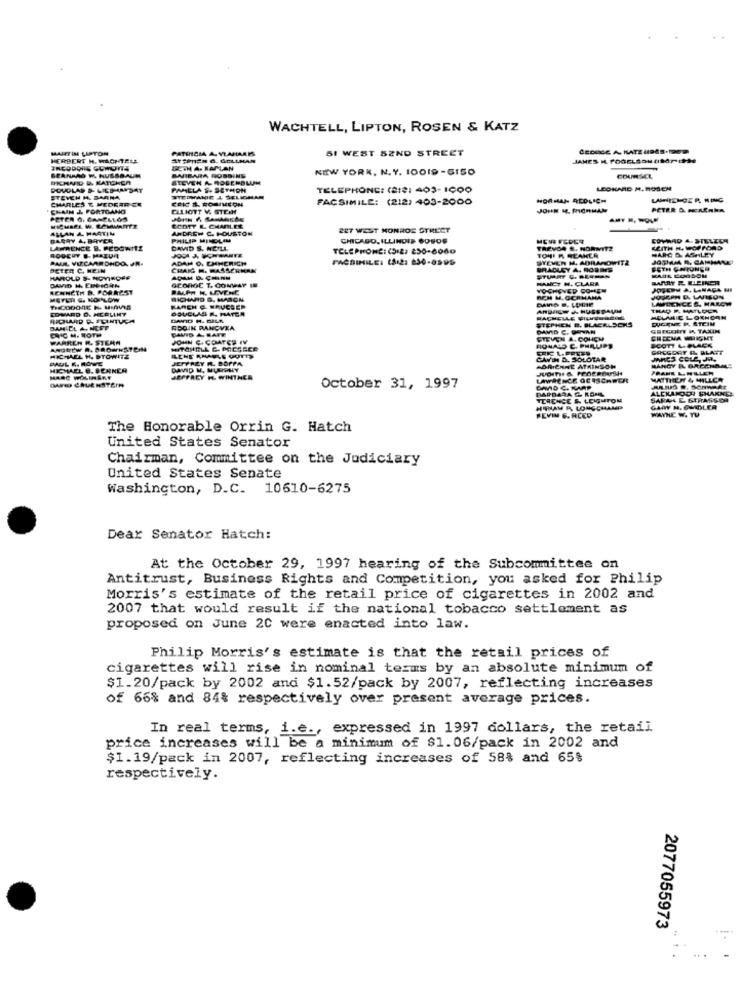
WACHTELL, LIPTON, ROSEN & KATZ
MARTIN LIPTON
PATRICIA A VLAHARES
51 WEST SEND STREET
CEDRICE A KATE UDAS.POD
HERBERT H. MACHTELE
ASPEN 6. GELLMAN
JAMES I. FOGELSON (ISP:He
BOTH A. KAPLAN
BARBARA ROSSING
NEW YORK, N. Y. 10019 -GISO
SEANAAD M NUSSBAUM
COURSCL
POUDLAP & UICHHARDAT
PAMELA S. SETHON
TELEPHONE: (213: 403-1000
LEONARD M. ROSEN
STEVEN M. SARNA
CHARLES & MEDEAR CK
WIEPHANIE 1 SELIGHAN
FACSIMILE: (212) 403-2000
-ORMAI- ACOLICH
LAWTENGER HING
"CHAIN J. FORTGANG
ELLIOTT V. STERN
JOHN 1. PICHHAN
PETER &. .......
PETER G. CAMELLOS
ALLAN A. HAR
ANDREW C. HOUSTON
SCOTT L. CHARLEE
2ET WEST MONROE STREET
AGRY A, BAVER
PHILIP MILDLIM
CHICAGO, ILLINOIS COBOS
MEN FEDER
COVMAD 4. STELLER
LAWRENCE B. PEDOWITZ
DAWID S. NEILL
PODIA ICHWARTE
TELEPHONE: (SIE) 250-6040
TONI R REANER
HARC D. ASHLEY
KEITH H. WOFFORD
ROOCHY &MATURE
ADAM O. CHNERICH
FACSIMILE: (Ar2: 630-8595
STEVEN H. ADRAMOWITZ
PETER C. NEIN
CRAIG M. PASSERMAN
BRADLEY A, ROBINS
BETH CHTUNGH
DAVID HIERDICEN
HAROLD &- NOVIROSS
GEORGE T. COMPAY IN
MANCT N. CLARK
STUART G. SERMAN
MARRY 2 KLEINER
RENNETH &. PORREST
RALPH H. LOVENE
VOCHOVED COHEN
JOVEM ALANAGA HI
RICHARD D. MASON
BON M. GORMANA
LAWRENCE &. MARGY
JOUEPN D. LAFIEON
EDVARD D. HCRLIKT
THEDODORE K. MIAVYE
KAREN G. WRUCSER
DOUGLAS R. MAYER
THAD P. MARLDES
RICHARD P. FCINTURA
DAVID H. BILA
RACHELLE FILMENARE
STEPHEN E. BLACKLSCHS
HOLANIC LORNCAN
MER STEIN
DANIEL A. NEST
CHIC M. BOTH
RODIN RANCVIA
DAVID C. PEAN
GREGOETT I, TASUIN
WARREN R. STERM
JOHN C. COATCE IV
STEVEN A. COUCH
CHEEMA WHISKE
MITOHELL G. PACGECE
RONALD C. PHILIPS
GACGORT R. ALATT
MICHAEL H. BTOWITS
PAUL K. ROWE
JEFFREY R. DOPPA
CAVI D. SOLOTAR
MANGY R, GRCENAME
MICHAEL &. BERNER
DAVID M. MURPHY
ADRIENNE ATKINSON
PRANE LINTLE
DARIO CAUENSTEIN
JEFFREY KL. WINTHER
LAWRENCE OCHSCHWER
MATTHEW & MILLER
October 31, 1997
BARBARA & KOML
ALCKANDOY FHARNES
TERENCE & LEIGHTON
SARAH E. STRASSO
HOLAY P. LONGCH
WAYNE W. TU
FEVIM G. REED
The Honorable Orrin G. Hatch
United States Senator
Chairman, Committee on the Judiciary
United States Senate
Washington, D.C. 10610-6275
Dear Senator Hatch:
At the October 29, 1997 hearing of the Subcommittee on
Antitrust, Business Rights and Competition, you asked for Philip
Morris's estimate of the retail price of cigarettes in 2002 and
2007 that would result if the national tobacco settlement as
proposed on June 20 were enacted into law.
Philip Morris's estimate is that the retail prices of
cigarettes will rise in nominal terms by an absolute minimum of
$1.20/pack by 2002 and $1.52/pack by 2007, reflecting increases
of 66% and 84% respectively over present average prices.
In real terms, i.e ., expressed in 1997 dollars, the retail
price increases will be a minimum of $1.06/pack in 2002 and
$1.19/pack in 2007, reflecting increases of 58% and 65%
respectively.
2077055973